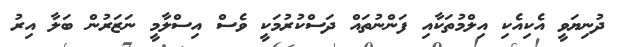
ދުނިޔަވީ އެކިއެކި އިލްމުތަކާއި ފަންނުތައް ދަސްކުރުމަކީ ވެސް އިސްލާމީ ނަޒަރުން ބަލާ އިރު